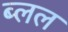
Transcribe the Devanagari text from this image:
ब्लल